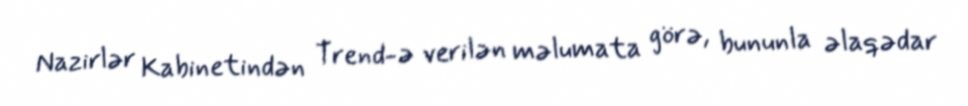
Nazirlər Kabinetindən Trend-ə verilən məlumata görə, bununla əlaqədar